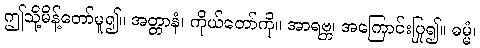
ဤသို့မိန့်တော်မူ၍။ အတ္တာနံ၊ ကိုယ်တော်ကို။ အာရဗ္ဘ၊ အကြောင်းပြု၍။ ဓမ္မံ၊